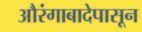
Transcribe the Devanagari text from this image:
औरंगाबादेपासून